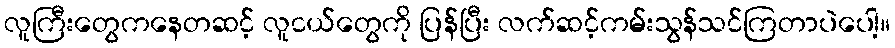
လူကြီးတွေကနေတဆင့် လူငယ်တွေကို ပြန်ပြီး လက်ဆင့်ကမ်းသွန်သင်ကြတာပဲပေါ့။